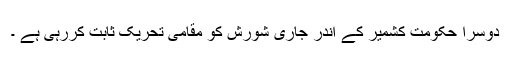
دوسرا حکومت کشمیر کے اندر جاری شورش کو مقامی تحریک ثابت کررہی ہے ۔